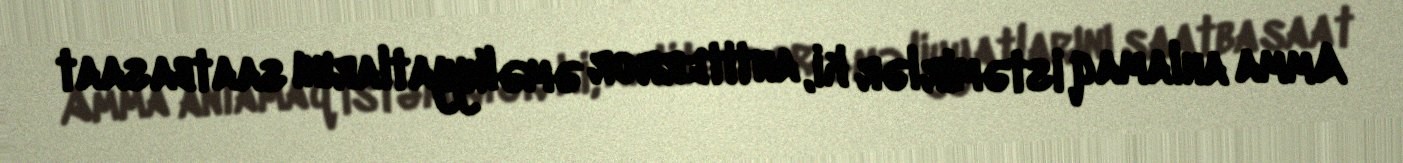
Amma anlamaq istəmirlər ki, antiterror əməliyyatlarını saatbasaat